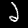
Label: 2